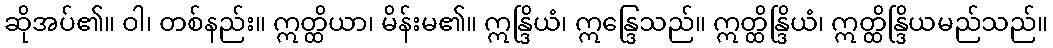
ဆိုအပ်၏။ ဝါ၊ တစ်နည်း။ ဣတ္ထိယာ၊ မိန်းမ၏။ ဣန္ဒြိယံ၊ ဣန္ဒြေသည်။ ဣတ္ထိန္ဒြိယံ၊ ဣတ္ထိန္ဒြိယမည်သည်။